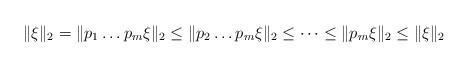
LaTeX: \begin{align*}\|\xi\|_2=\|p_1\dots p_m\xi\|_2\leq\|p_2\dots p_m\xi\|_2\leq\dots\leq\|p_m\xi\|_2\leq\|\xi\|_2\end{align*}